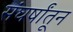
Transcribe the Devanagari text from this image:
संघर्षांतून